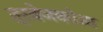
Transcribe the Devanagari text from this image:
त्रबेजकोआ